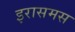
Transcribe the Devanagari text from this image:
इरासमस